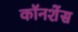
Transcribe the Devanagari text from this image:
कॉनशेंस